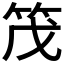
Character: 𫁸